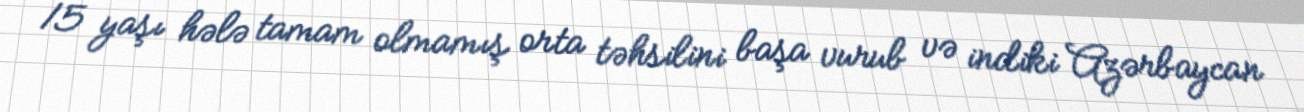
15 yaşı hələ tamam olmamış orta təhsilini başa vurub və indiki Azərbaycan